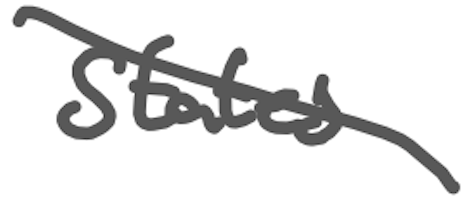
Text: States
Cross-out: mix
Writing tool: digital_gray